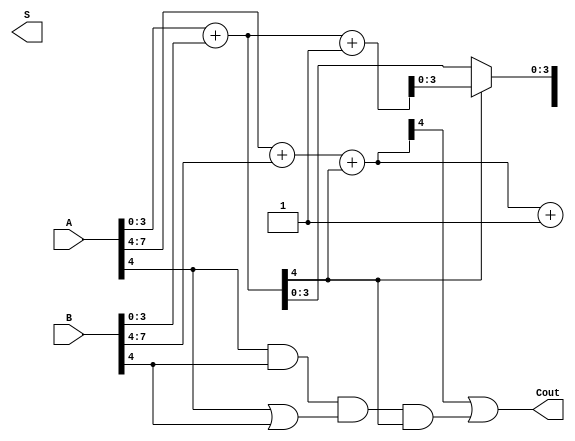
module han_carlson_adder (
    input [7:0] A,      // 8-bit input A
    input [7:0] B,      // 8-bit input B
    output [7:0] S,     // 8-bit sum output
    output Cout         // Carry out
);
    wire [3:0] C;           // Carry wires for each group
    wire [3:0] S0, S1;      // Sum outputs for carry-in = 0 and carry-in = 1 for each group
    wire [3:0] G, P;        // Generate and Propagate signals for each group

    // Group 0 (LSB)
    assign {C[0], S0[3:0]} = A[3:0] + B[3:0];  // Sum when carry-in is 0
    assign {C[0], S1[3:0]} = A[3:0] + B[3:0] + 1'b1; // Sum when carry-in is 1

    // Group 1
    assign {C[1], S0[7:4]} = A[7:4] + B[7:4] + C[0]; // Sum when carry-in is C[0]
    assign {C[1], S1[7:4]} = A[7:4] + B[7:4] + C[0] + 1'b1; // Sum when carry-in is C[0] + 1

    // Generate and Propagate signals
    assign G[0] = A[3:0] & B[3:0]; // Generate for group 0
    assign P[0] = A[3:0] | B[3:0]; // Propagate for group 0
    assign G[1] = A[7:4] & B[7:4]; // Generate for group 1
    assign P[1] = A[7:4] | B[7:4]; // Propagate for group 1

    // Carry Selection Logic
    assign S[3:0] = C[0] ? S1[3:0] : S0[3:0]; // Select sum for group 0
    assign S[7:4] = C[1] ? S1[7:4] : S0[7:4]; // Select sum for group 1

    // Final Carry Out
    assign Cout = C[1] | (G[1] & P[1] & C[0]); // Final carry out determination

endmodule